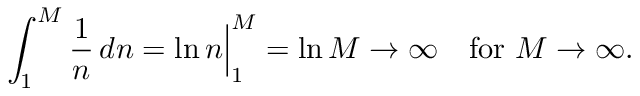
\int _ { 1 } ^ { M } { \frac { 1 } { n } } \, d n = \ln n { \Bigr | } _ { 1 } ^ { M } = \ln M \to \infty \quad { \mathrm { f o r ~ } } M \to \infty .